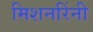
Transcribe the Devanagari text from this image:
मिशनरिंनी